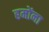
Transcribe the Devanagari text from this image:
हमोंना